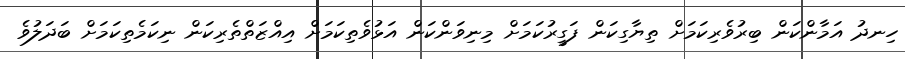
ހިނދު އަމާންކަން ބިރުވެރިކަމަށް ތިޔާގިކަން ފަގީރުކަމަށް މިނިވަންކަން އަޅުވެތިކަމަށް އިއްޒަތްތެރިކަން ނިކަމެތިކަމަށް ބަދަލުވެ